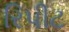
રિપીટ